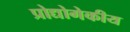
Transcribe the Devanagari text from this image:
प्रोद्योगेकीय